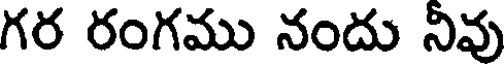
గర రంగము నందు నివు